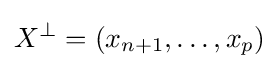
X^{\perp }=(x_{n+1},\dots ,x_{p})